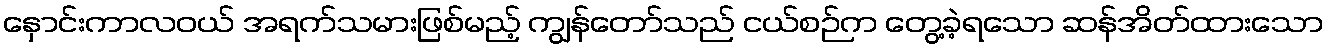
နှောင်းကာလဝယ် အရက်သမားဖြစ်မည့် ကျွန်တော်သည် ငယ်စဉ်က တွေ့ခဲ့ရသော ဆန်အိတ်ထားသော